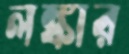
লঙ্কার